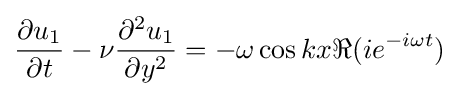
{\frac {\partial u_{1}}{\partial t}}-\nu {\frac {\partial ^{2}u_{1}}{\partial y^{2}}}=-\omega \cos kx\Re (ie^{-i\omega t})